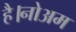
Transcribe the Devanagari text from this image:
है।नोअम